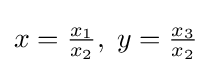
x={\tfrac {x_{1}}{x_{2}}},\;y={\tfrac {x_{3}}{x_{2}}}